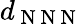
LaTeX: d_{\mathrm{~N~N~N~}}